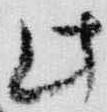
此